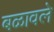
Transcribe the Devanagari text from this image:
बळावले